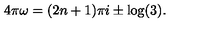
4 \pi \omega = ( 2 n + 1 ) \pi i \pm \log ( 3 ) .